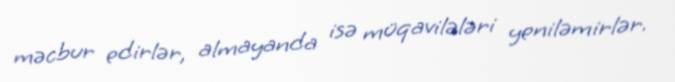
məcbur edirlər, almayanda isə müqavilələri yeniləmirlər.